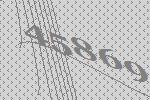
45869